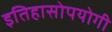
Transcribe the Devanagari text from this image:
इतिहासोपयोगी